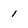
Character: 1